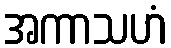
အကာသဟံ